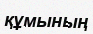
құмының